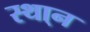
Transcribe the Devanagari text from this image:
स्था्न